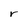
Character: r